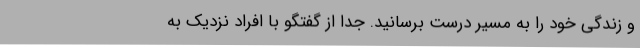
و زندگی خود را به مسیر درست برسانید. جدا از گفتگو با افراد نزدیک به